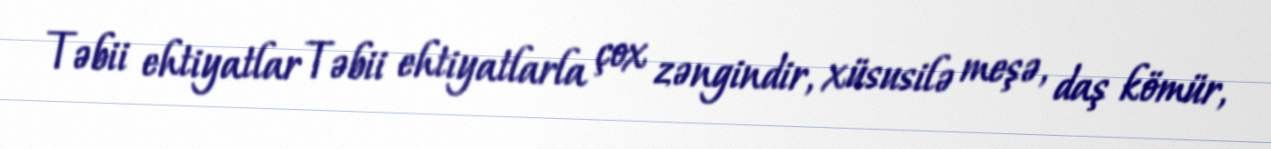
Təbii ehtiyatlar Təbii ehtiyatlarla çox zəngindir, xüsusilə meşə, daş kömür,